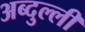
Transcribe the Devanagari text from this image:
अब्दुल्ली